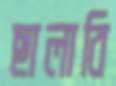
ছালাবি